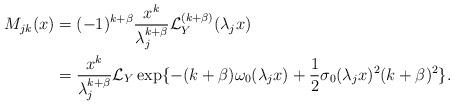
LaTeX: \begin{align*}M_{jk}(x)&=(-1)^{k+\beta}\frac{x^k}{\lambda_j^{k+\beta}}\mathcal{L}_Y^{(k+\beta)}(\lambda_jx)\\&=\frac{x^k}{\lambda_j^{k+\beta}}\mathcal{L}_Y\exp\{-(k+\beta)\omega_0(\lambda_jx)+\dfrac{1}{2}\sigma_0(\lambda_jx)^2(k+\beta)^2\}.\end{align*}